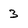
Character: 3